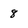
Character: 8